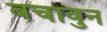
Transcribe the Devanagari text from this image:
बचावुन